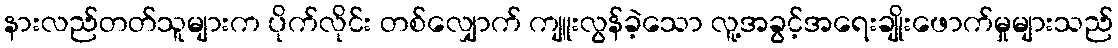
နားလည်တတ်သူများက ပိုက်လိုင်း တစ်လျှောက် ကျူးလွန်ခဲ့သော လူ့အခွင့်အရေးချိုးဖောက်မှုများသည်